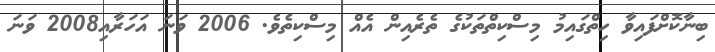
ބިނާކޮށްފައިވާ ހިތްގައިމު މިސްކިތްތަކުގެ ތެރެއިން އެއް މިސްކިތެވެ. 2006 ވަނަ އަހަރާއި2008 ވަނަ